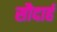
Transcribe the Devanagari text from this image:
सौदार्ह